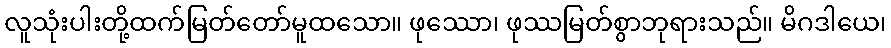
လူသုံးပါးတို့ထက်မြတ်တော်မူထသော။ ဖုဿော၊ ဖုဿမြတ်စွာဘုရားသည်။ မိဂဒါယေ၊